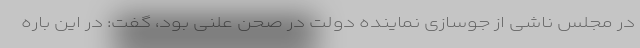
در مجلس ناشی از جوسازی نماینده دولت در صحن علنی بود، گفت: در این باره